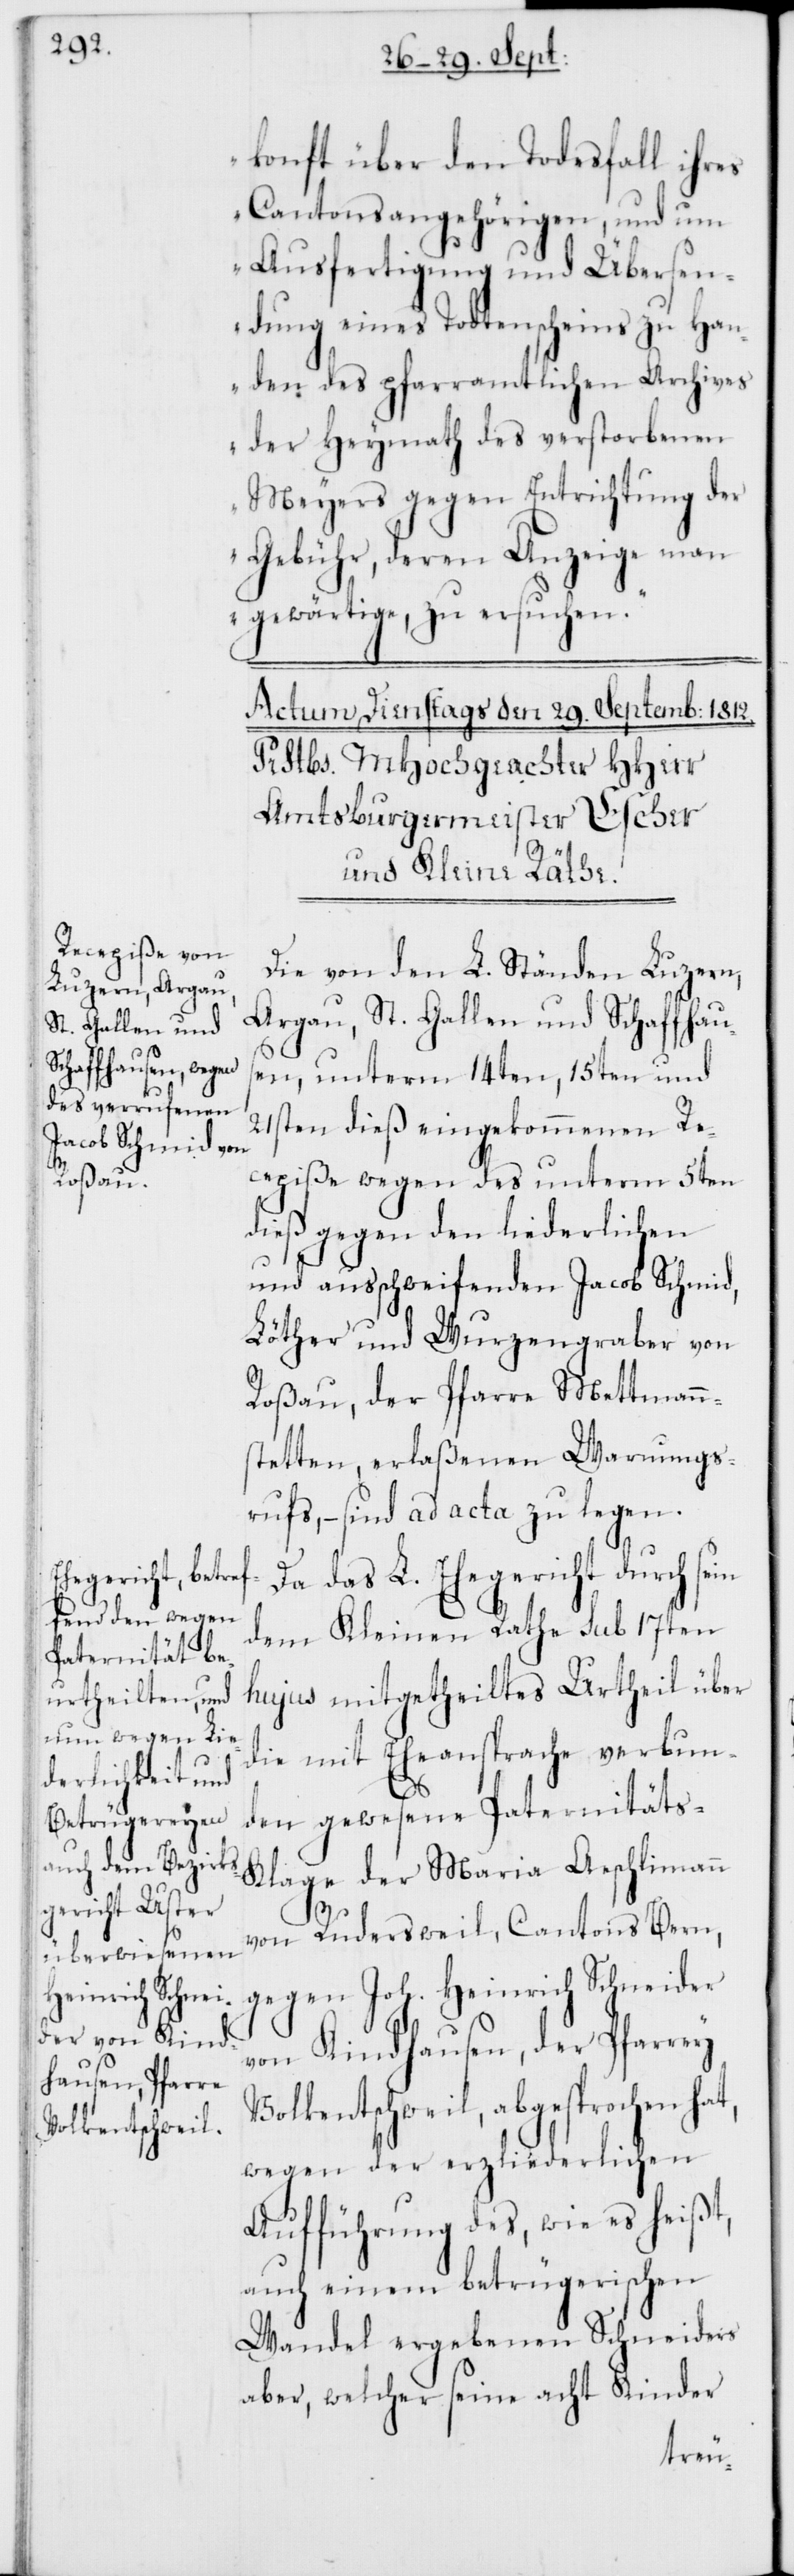
konft über den Todesfall ihres
Cantonsangehörigen, und um
Ausfertigung und Übersen¬
dung eines Todtenscheins zu Han¬
den des pfarramtlichen Archives
der Heymath des verstorbenen
Meyers gegen Entrichtung der
Gebühr, deren Anzeige man
gewärtige, zu ersuchen.“
Die von den L. Ständen Luzern,
Argau, St. Gallen und Schafhaus¬
en unterm 14ten, 15ten und
21sten dieß eingekommenen Re¬
cepiße wegen des unterm 5ten
dieß gegen den liederlichen
und ausschweifenden Jacob Schmid,
Löther und Wurzengraber von
Roßau, der Pfarre Mettmann¬
stetten, erlaßenen Warnungs¬
ruf, – sind ad acta zu legen.
Da das L. Ehegericht durch sein
dem Kleinen Rathe sub 17ten
hujus mitgetheiltes Urtheil über
die mit Eheansprache verbun¬
den gewesene Paternitäts-K¬
lage der Maria Aeschlimann
von Ruderswil, Cantons Bern,
gegen Joh. Heinrich Schneider
von Kindhausen, der Pfarrey
Volkentschweil, abgesprochen
wegen der erzliederlichen
Aufführung des, wie es heißt,
auch einem betrügerischen
Wandel ergebenen Schneiders
aber, welcher seine acht Kinder